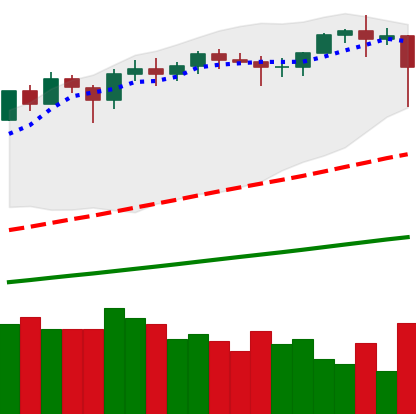
Ticker: ETH-USD
Chart end date: 2021-02-22
Forward return: -18.071%
Label: down_7plus